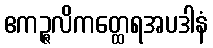
ဧကဉ္ဇလိကတ္ထေရအပဒါနံ